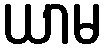
ယာမ